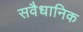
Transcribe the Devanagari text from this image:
सवैधानिक